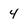
Character: 4